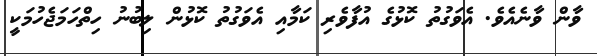
ވާން ވާނެއެވެ. އެވަގުތު ކޮޅުގެ އުފާވެރި ކަމާއި އެވަގުތު ކޮޅުން ލިބުނު ހިތްހަމަޖެހުމަކީ